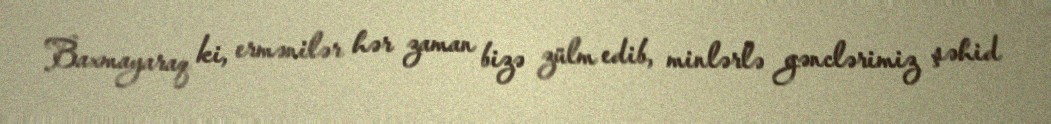
Baxmayaraq ki, ermənilər hər zaman bizə zülm edib, minlərlə gənclərimiz şəhid